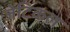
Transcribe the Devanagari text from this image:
जेटिकल